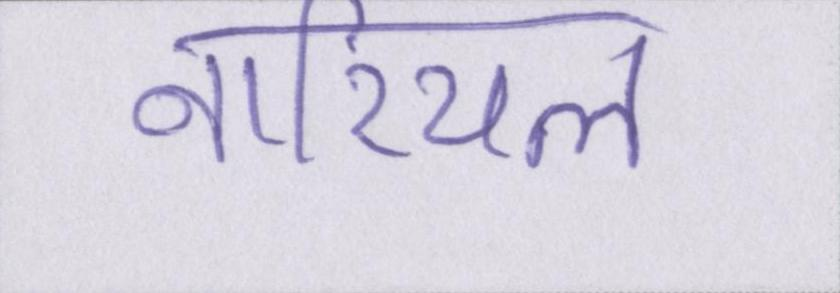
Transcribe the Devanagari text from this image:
नारियल